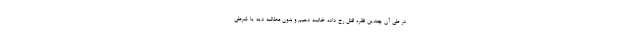
در طی آن چندین فقره قتل رخ داده خاتمه دهیم و بدون مطالبه دیه یا شرطی